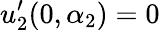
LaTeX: u_{2}^{\prime}(0,\alpha_{2})=0